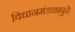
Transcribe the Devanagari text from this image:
विधानमंडळापुढे